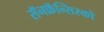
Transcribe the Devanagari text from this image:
सॅनफ्रॅन्सिस्को